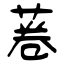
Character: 菤